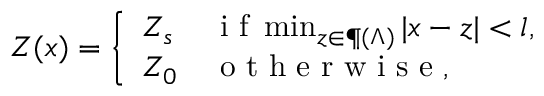
Z ( x ) = \left\{ \begin{array} { l l } { Z _ { s } } & { \mathrm { ~ i ~ f ~ } \operatorname* { m i n } _ { z \in \P ( \Lambda ) } | x - z | < l , } \\ { Z _ { 0 } } & { \mathrm { ~ o ~ t ~ h ~ e ~ r ~ w ~ i ~ s ~ e ~ } , } \end{array} \right.